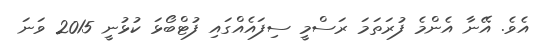
އެވެ. އޭނާ އެންމެ ފުރަތަމަ ރަސްމީ ސިފައެއްގައި ފުޓްބޯޅަ ކުޅުނީ 2015 ވަނަ